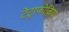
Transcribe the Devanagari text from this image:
टेट्राफोबिया